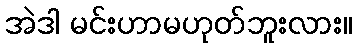
အဲဒါ မင်းဟာမဟုတ်ဘူးလား။